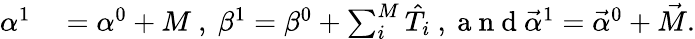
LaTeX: \begin{array}{rl}{\alpha^{1}}&{{}=\alpha^{0}+M\mathrm{~,~}\beta^{1}=\beta^{0}+\sum_{i}^{M}\hat{T}_{i}\mathrm{~,~a~n~d~}\vec{\alpha}^{1}=\vec{\alpha}^{0}+\vec{M}.}\end{array}